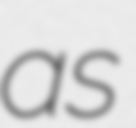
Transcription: as